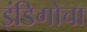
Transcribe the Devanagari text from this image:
इंडिगोचा